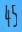
45